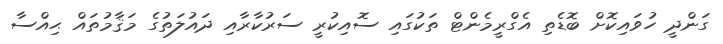
ގަންދީ ހުވައިކޮށް ބޮޑެތި އެގްރީމެންޓް ތަކުގައި ސޮއިކުރީ ސަރުކާރާއި ދައުލަތުގެ މަޤާމުތައް ޙިއްސާ